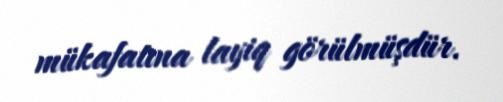
mükafatına layiq görülmüşdür.